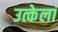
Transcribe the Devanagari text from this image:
उत्केला